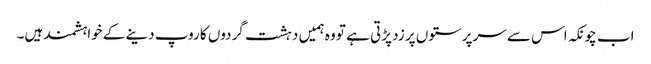
اب چونکہ اس سے سرپرستوں پر زد پڑتی ہے تو وہ ہمیں دہشت گردوں کا روپ دینے کے خواہشمند ہیں۔